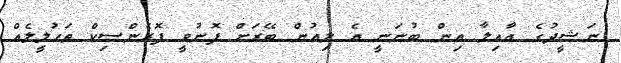
ނަޝީދުގެ އާއިލާ އިން ބުނަނީ އެ ލިއުން ބޭރަށް ފޮނުވީ ފޮރެންސިކް ތަހުލީލެއް